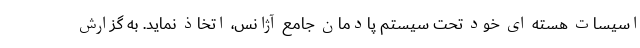
اسیسات هسته ای خود تحت سیستم پادمان جامع آژانس، اتخاذ نماید. به گزارش